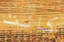
كانت